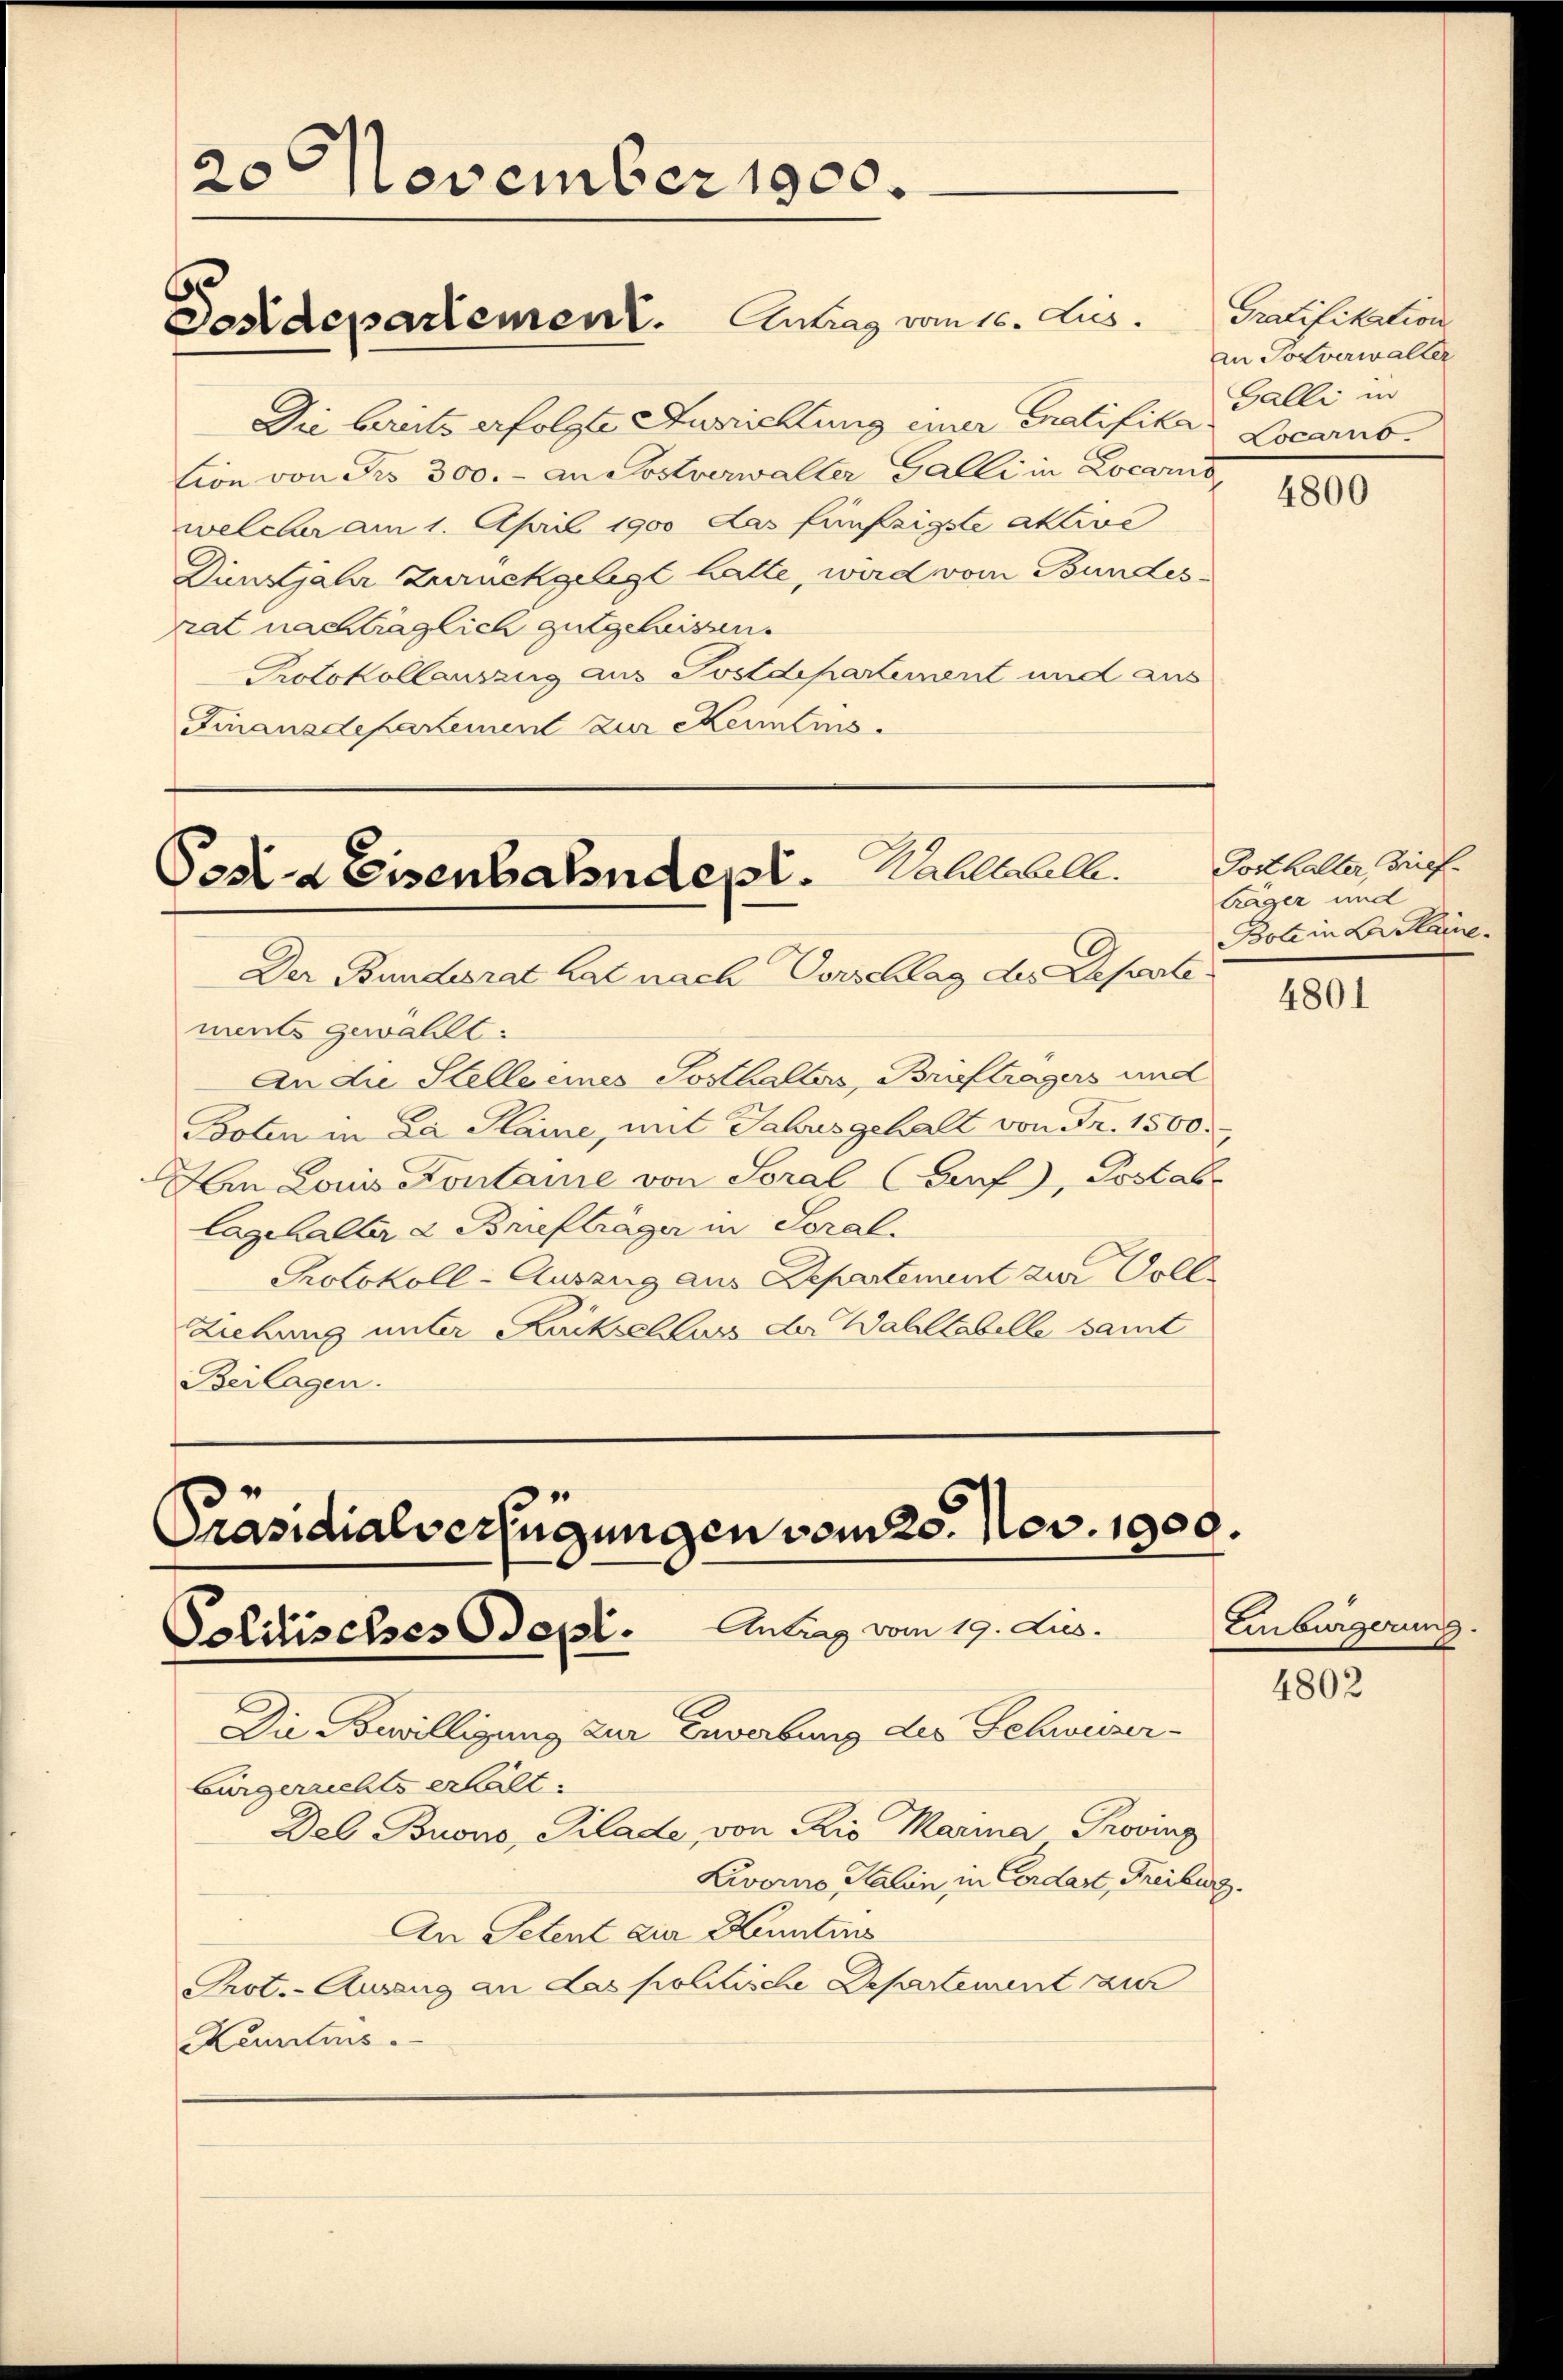
20 November 1900.
Dasdepartement. Antrag vom 10. Jus

Die bereits erfolgte Ausrichtung einer eratifika Locarno.
tion von Frs. 300.- an Postverwalter Galli in Locarno,
welcher am 1. April 1900 das fünfzigste aktive
Dienstjahr Zurückgelegt hatte, wird vom Bundesrat nachträglich gutgeheissen.
Protokollauszug aus Postdepartement und aus
Finanzdepartement zur Kenntnis

Pesia Eisenbahnden. Wahlabelle.

Präsidialverfügungen vom 25. Nov. 1900.
Politisches Sept. Antrag vom 19. Jus

Der Bundesrat hat nach Vorschlag der Departements gewählt.
An die Stelle eines Sosthalters, Briefträgers und
Booten in La Plaine, mit Jahrsgehalt von Fr. 1500.
Aen Louis Kontaine von Soral CGuf), Postab
Cagehalter 2 Briefträger in Soral.
Protokoll-Auszug aus Departement zur Voll¬
Liehung unter Rückschluss der Wahltabelle samt
Beilagen.

Gratifikation
an Tolverwalter
Galli in

Die Bewilligung zur Erwerbung des Schwuser-
Bürgerichts erhält.
Del Buono, Pilade, von Rio Maria Provinz
Livorno Salin in Cerdart, Freiburg.
An Petent zur Kenntens
Prot.- Auszug an das politische Departement zur
Kenntnis

Posthalter Brief.
träger und
Bole in Brasie

Einbürgerung

4800

4801

4802